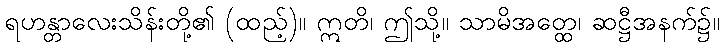
ရဟန္တာလေးသိန်းတို့၏ (ထည့်)။ ဣတိ၊ ဤသို့။ သာမိအတ္ထေ၊ ဆဋ္ဌီအနက်၌။